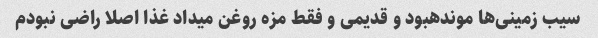
سیب زمینی‌ها موندهبود و قدیمی و فقط مزه روغن میداد غذا اصلا راضی نبودم